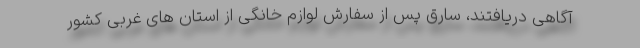
آگاهی دریافتند، سارق پس از سفارش لوازم خانگی از استان های غربی کشور